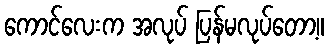
ကောင်လေးက အလုပ် ပြန်မလုပ်တော့။